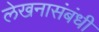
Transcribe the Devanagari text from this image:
लेखनासंबंधी